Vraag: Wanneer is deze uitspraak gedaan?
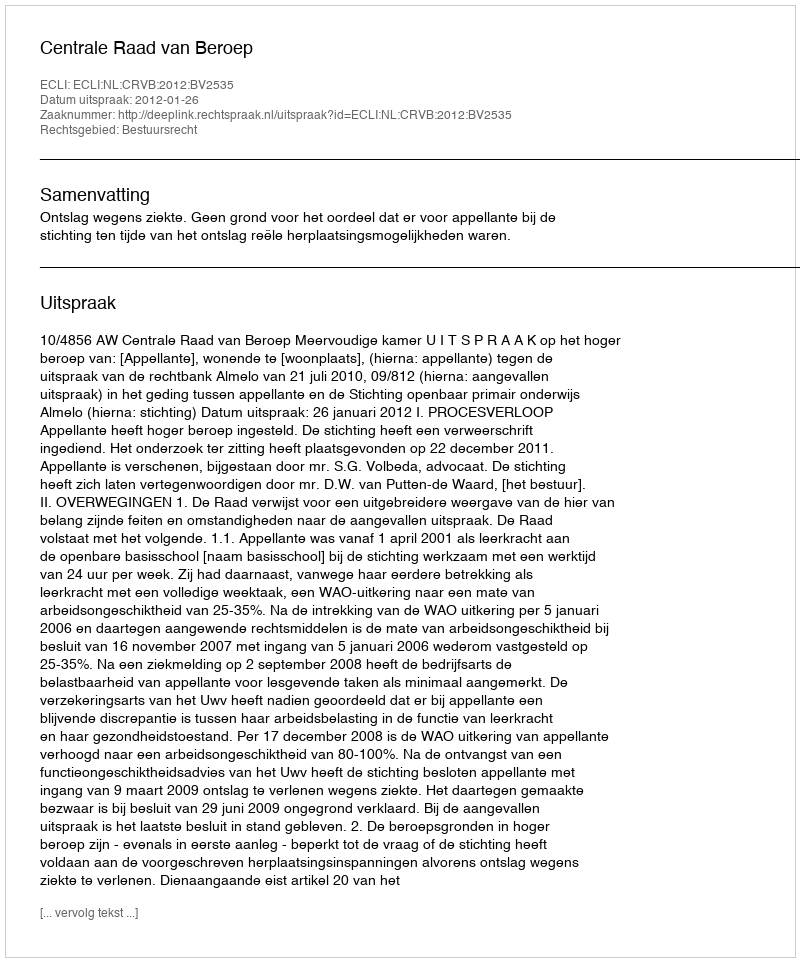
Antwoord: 2012-01-26